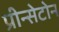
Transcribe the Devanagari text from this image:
प्रीन्सेटोन